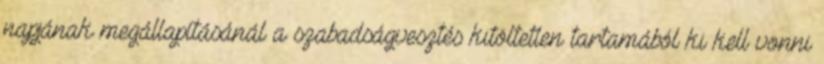
napjának megállapításánál a szabadságvesztés kitöltetlen tartamából ki kell vonni